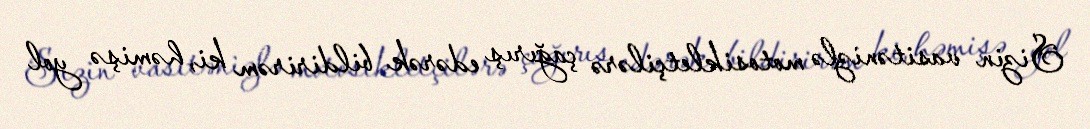
Sizin vasitənizlə motosikletçilərə çağırış edərək bildirirəm ki, həmişə yol